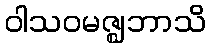
ဝါသဝမဇ္ဈဘာသိ